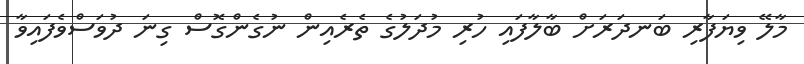
މާލޭ ވިޔަފާރި ބަނދަރަށް ބާލާފައި ހުރި މުދަލުގެ ތެރެއިން ނުގެންގޮސް ގިނަ ދުވަސްވެފައިވާ